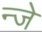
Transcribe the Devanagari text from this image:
न्जे